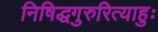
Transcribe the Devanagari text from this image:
निषिद्धगुरुरित्याहुः